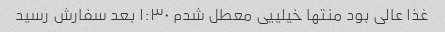
غذا عالی بود منتها خیلییی معطل شدم ۱:۳۰ بعد سفارش رسید